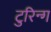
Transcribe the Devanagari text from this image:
टुरिन्ग